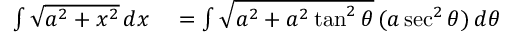
\begin{array} { r l } { \int { \sqrt { a ^ { 2 } + x ^ { 2 } } } \, d x } & { { } = \int { \sqrt { a ^ { 2 } + a ^ { 2 } \tan ^ { 2 } \theta } } \, ( a \sec ^ { 2 } \theta ) \, d \theta } \end{array}